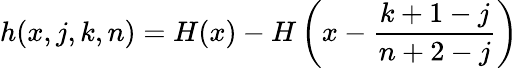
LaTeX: h(x,j,k,n)=H(x)-H\left(x-\frac{k+1-j}{n+2-j}\right)